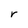
Character: r